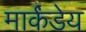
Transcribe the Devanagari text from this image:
मार्कंंडेय